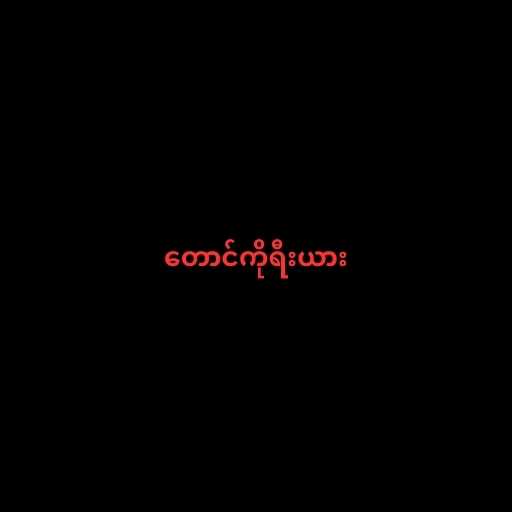
တောင်ကိုရီးယား